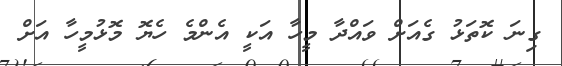
ގިނަ ކޮތަޅު ގެއަށް ވައްދާ މީހާ އަކީ އެންމެ ހެޔޮ މޮޅުމީހާ އަށް